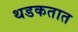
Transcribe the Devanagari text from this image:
थडकतात